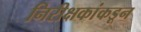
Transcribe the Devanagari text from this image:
निरीक्षकांकडून